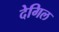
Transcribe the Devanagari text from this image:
देगिल